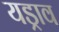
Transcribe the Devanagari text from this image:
यड्राव